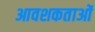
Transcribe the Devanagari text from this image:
आवशकताओं